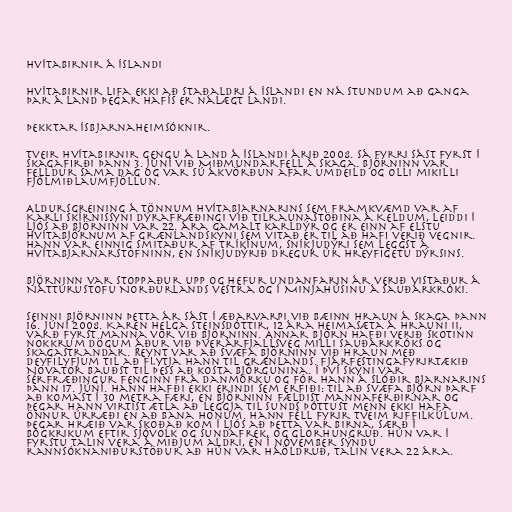
Hvítabirnir á Íslandi

Hvítabirnir lifa ekki að staðaldri á Íslandi en ná stundum að ganga
þar á land þegar hafís er nálægt landi.

Þekktar ísbjarnaheimsóknir.

Tveir hvítabirnir gengu á land á Íslandi árið 2008. Sá fyrri sást fyrst í
Skagafirði þann 3. júní við Miðmundarfell á Skaga. Björninn var
felldur sama dag og var sú ákvörðun afar umdeild og olli mikilli
fjölmiðlaumfjöllun.

Aldursgreining á tönnum hvítabjarnarins sem framkvæmd var af
Karli Skírnissyni dýrafræðingi við tilraunastöðina á Keldum, leiddi í
ljós að björninn var 22. ára gamalt karldýr og er einn af elstu
hvítabjörnum af Grænlandskyni sem vitað er til að hafi verið vegnir.
Hann var einnig smitaður af tríkínum, sníkjudýri sem leggst á
hvítabjarnarstofninn, en sníkjudýrið dregur úr hreyfigetu dýrsins.

Björninn var stoppaður upp og hefur undanfarin ár verið vistaður á
Náttúrustofu Norðurlands vestra og í Minjahúsinu á Sauðárkróki.

Seinni björninn þetta ár sást í æðarvarpi við bæinn Hraun á Skaga þann
16. júní 2008. Karen Helga Steinsdóttir, 12 ára heimasæta á Hrauni II,
varð fyrst manna vör við björninn. Annar björn hafði verið skotinn
nokkrum dögum áður við Þverárfjallsveg milli Sauðárkróks og
Skagastrandar. Reynt var að svæfa björninn við Hraun með
deyfilyfjum til að flytja hann til Grænlands. Fjárfestingafyrirtækið
Novator bauðst til þess að kosta björgunina. Í því skyni var
sérfræðingur fenginn frá Danmörku og fór hann á slóðir bjarnarins
þann 17. júní. Hann hafði ekki erindi sem erfiði: Til að svæfa björn þarf
að komast í 30 metra færi, en björninn fældist mannaferðirnar og
þegar hann virtist ætla að leggja til sunds þóttust menn ekki hafa
önnur úrræði en að bana honum. Hann féll fyrir tveim riffilkúlum.
Þegar hræið var skoðað kom í ljós að þetta var birna, særð í
bógkrikum eftir sjóvolk og sundafrek, og glorhungruð. Hún var í
fyrstu talin vera á miðjum aldri, en í nóvember sýndu
rannsóknaniðurstöður að hún var háöldruð, talin vera 22 ára.